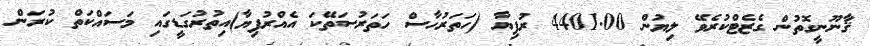
ޤާނޫނީގޮތުން ގެޒެޓްކުރެވޭ ލިޔުން 4401.00 ރުފިޔާ (ހަތަރުހާސް ހަތަރުސަތޭކަ އެއްރުފިޔާ)އިތުރުގަޑީގައި މަސައްކަތް ކުރަން